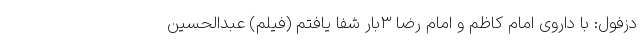
دزفول: با داروی امام کاظم و امام رضا ۳بار شفا یافتم (فیلم) عبدالحسین